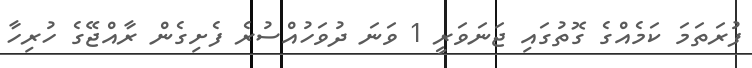
ފުރަތަމަ ކަމެއްގެ ގޮތުގައި ޖަނަވަރީ 1 ވަނަ ދުވަހުއްސުރެ ފެށިގެން ރާއްޖޭގެ ހުރިހާ